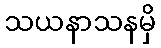
သယနာသနမှိ